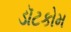
ડૉટકોમ